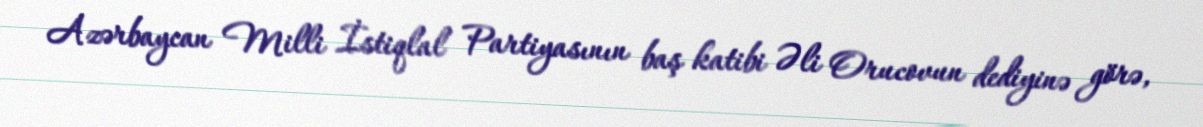
Azərbaycan Milli İstiqlal Partiyasının baş katibi Əli Orucovun dediyinə görə,